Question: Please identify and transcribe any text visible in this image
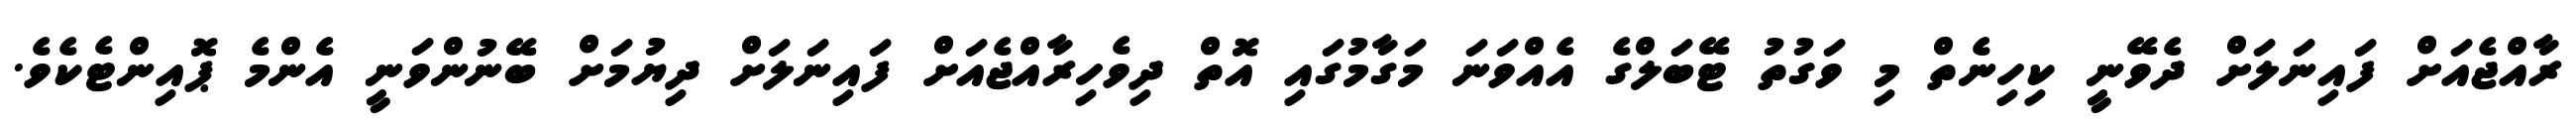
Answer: ރާއްޖެއަށް ފައިނަލަށް ދެވޭނީ ކިހިނެތް މި ވަގުތު ޓޭބަލްގެ އެއްވަނަ މަގާމުގައި އޮތް ދިވެހިރާއްޖެއަށް ފައިނަލަށް ދިޔުމަށް ބޭނުންވަނީ އެންމެ ޕޮއިންޓެކެވެ.